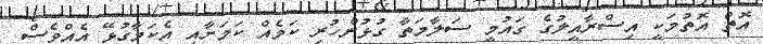
އޮތް އޮތުމަކީ އިސްރާއީލުގެ ގައުމީ ސަލާމަތާ ގުޅުންހުރި ކަމެއް ކަމަށާއި އެކަމާގުޅޭ އެއްވެސް